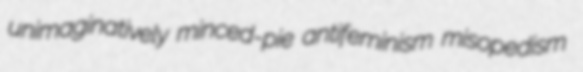
unimaginatively minced-pie antifeminism misopedism